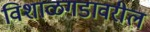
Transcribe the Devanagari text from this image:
विशाळगडावरील